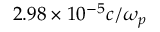
2 . 9 8 \times 1 0 ^ { - 5 } c / \omega _ { p }